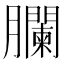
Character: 䑌